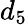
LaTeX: d_{5}